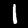
Label: 1